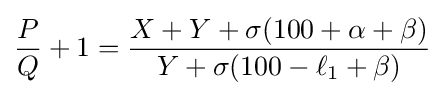
{P \over Q}+1={{X+Y+\sigma (100+\alpha +\beta )} \over {Y+\sigma (100-\ell _{1}+\beta )}}